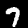
Digit: 7